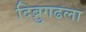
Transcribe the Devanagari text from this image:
दिब्रुगढला